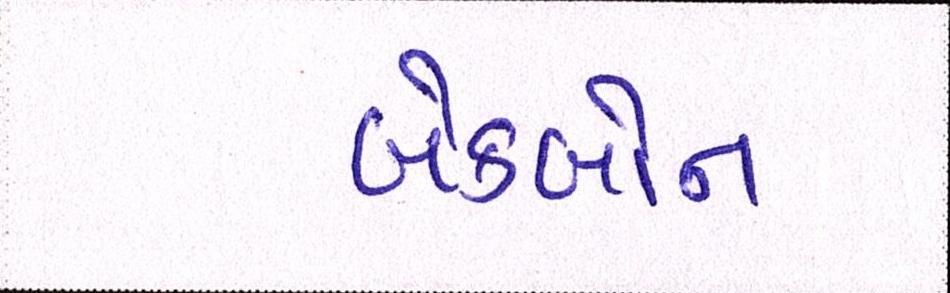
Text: બેકબોન